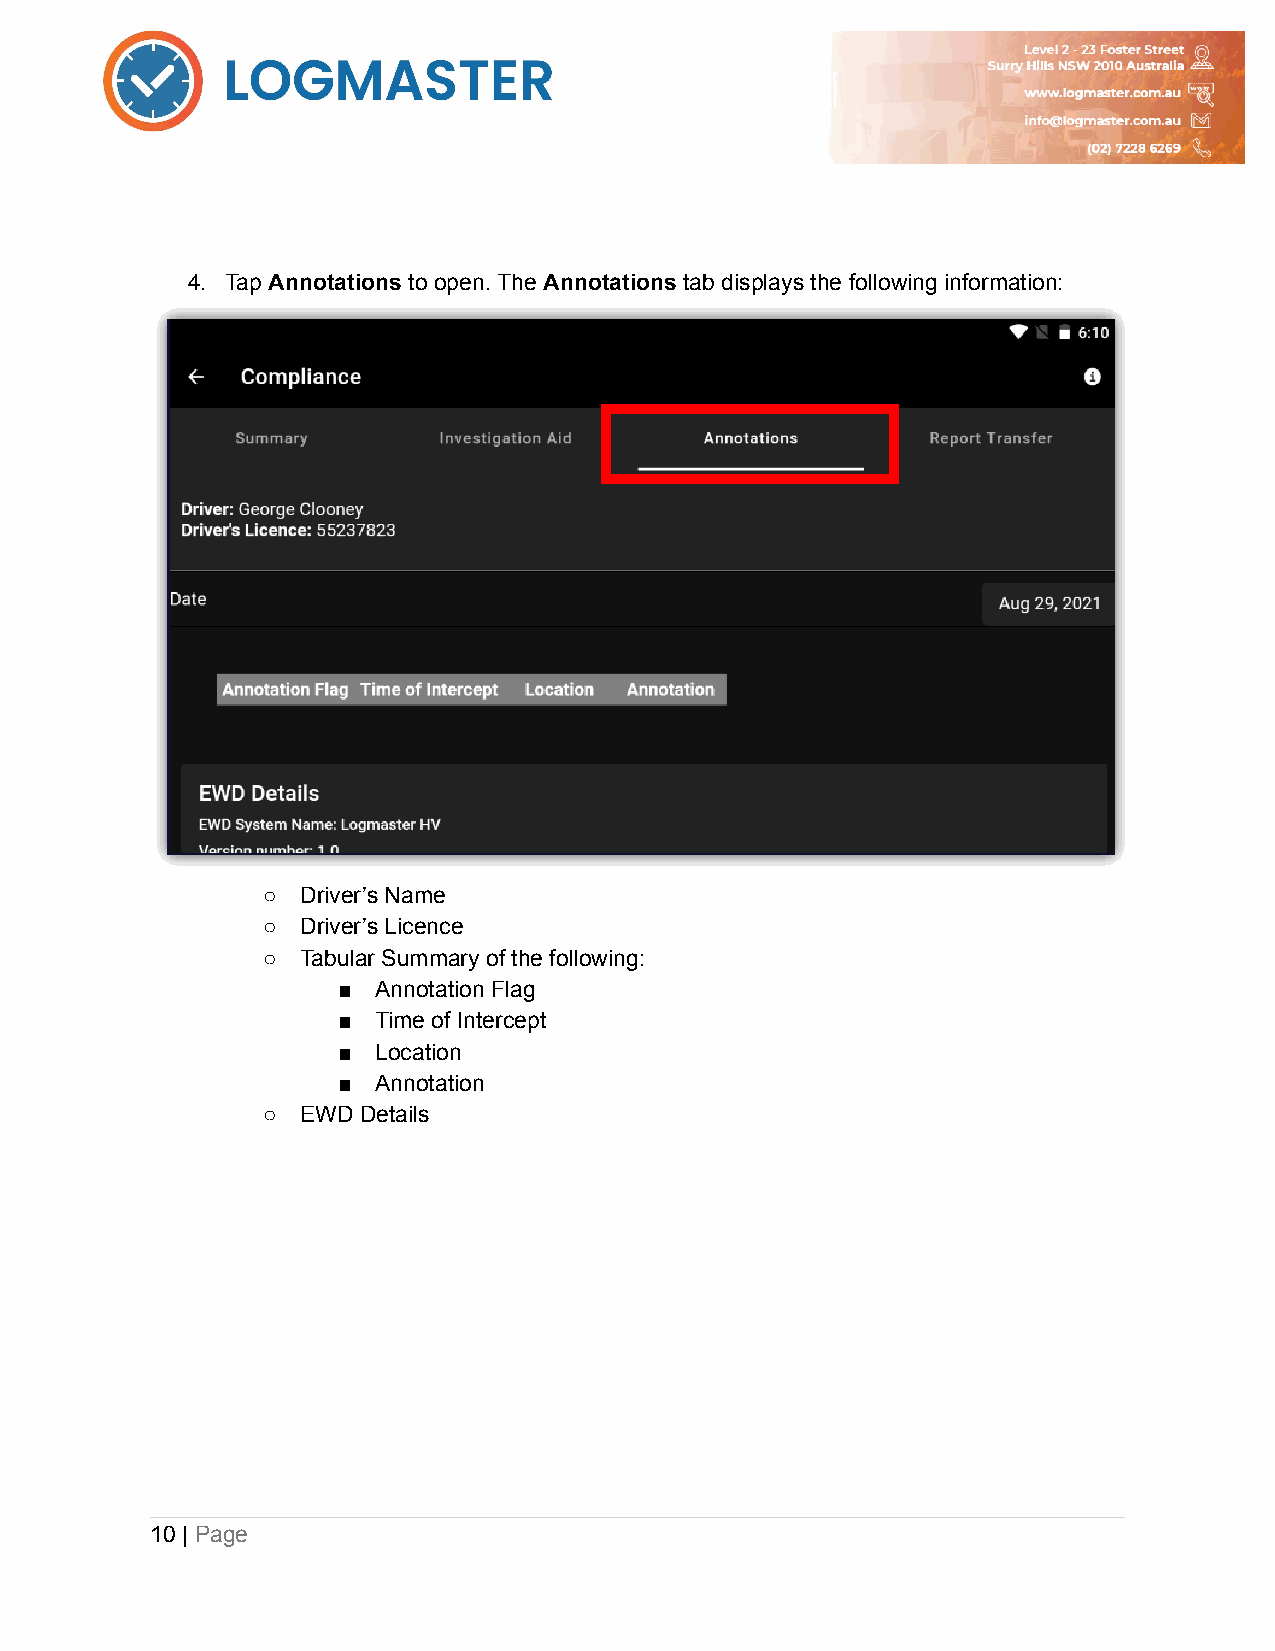
4. Tap Annotations to open. The Annotations tab displays the following information:
 ○  Driver’s Name
 ○  Driver’s Licence
 ○  Tabular Summary of the following:
 ■  Annotation Flag
 ■  Time of Intercept
 ■  Location
 ■  Annotation
 ○  EWD Details
 10 | Page